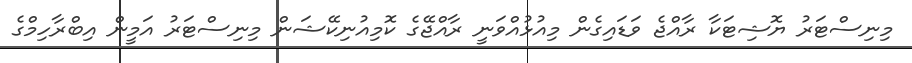
މިނިސްޓަރު ޔޮޝިޓަކާ ރާއްޖެ ވަޑައިގެން މިއުޅުއްވަނީ ރާއްޖޭގެ ކޮމިއުނިކޭޝަން މިނިސްޓަރު އަމީން އިބްރާހިމްގެ